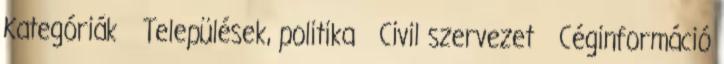
Kategóriák Települések, politika Civil szervezet Céginformáció